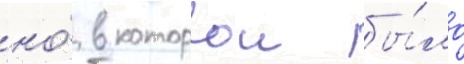
но́ в которои бы́ло